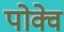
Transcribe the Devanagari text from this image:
पोक्वे